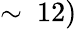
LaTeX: \sim~12)